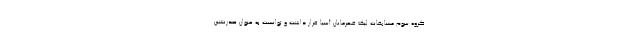
گروه سوم مسابقات لیگ قهرمانان آسیا قرار داشت و توانست به عنوان صدرنشین